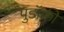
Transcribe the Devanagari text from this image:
पुडॉक्की